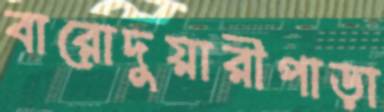
বারোদুয়ারীপাড়া